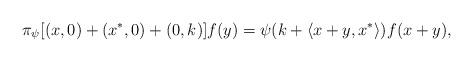
LaTeX: \begin{align*}\pi_{\psi}[(x,0)+(x^{\ast},0)+(0,k)]f(y)=\psi(k+\langle x+ y,x^{\ast}\rangle) f(x+y),\end{align*}